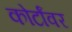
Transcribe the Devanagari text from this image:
कोर्टांवर